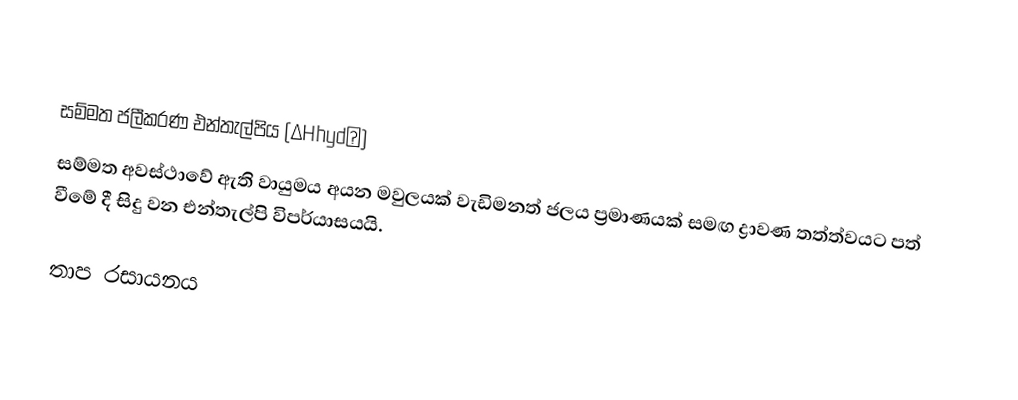

සම්මත ජලීකරණ එන්තැල්පිය (∆Hhyd∅)
සම්මත අවස්ථාවේ  ඇති වායුමය අයන මවුලයක් වැඩිමනත් ජලය ප්‍රමාණයක් සමඟ ද්‍රාවණ තත්ත්වයට පත් වීමේ දී සිදු වන එන්තැල්පි විපර්යාසයයි.

තාප රසායනය